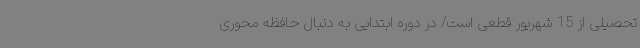
تحصیلی از 15 شهریور قطعی است/ در دوره ابتدایی به دنبال حافظه محوری